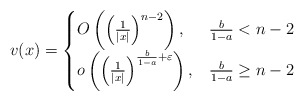
\begin{align*} v(x)= \begin{cases} O \left( \left(\frac{1}{|x|}\right)^{n-2} \right), &\frac{b}{1-a}<n-2\\ o\left( \left(\frac{1}{|x|}\right)^{\frac{b}{1-a}+\varepsilon} \right), &\frac{b}{1-a}\geq n-2 \end{cases} \end{align*}